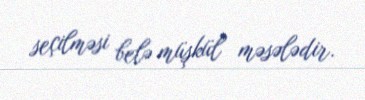
seçilməsi belə müşkül məsələdir.